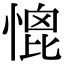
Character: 𢞗